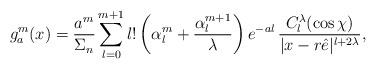
LaTeX: \begin{align*}g_a^m(x)=\frac{a^m}{\Sigma_n}\sum_{l=0}^{m+1}l!\left(\alpha_l^m+\frac{\alpha_l^{m+1}}{\lambda}\right)e^{-al}\,\frac{C_l^\lambda(\cos\chi)}{|x-r\hat{e}|^{l+2\lambda}},\end{align*}